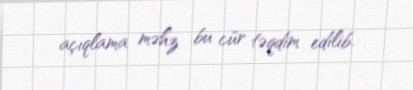
açıqlama məhz bu cür təqdim edilib.